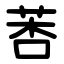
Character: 莕